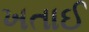
ખતાઈ